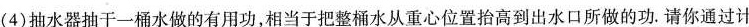
(4)抽水器抽干一桶水做的有用功，相当于把整桶水从重心位置抬高到出水口所做的功。请你通过计